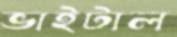
ভাইটাল